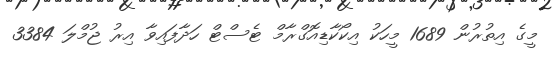
މީގެ އިތުރުން 1689 މީހަކު އިކޯކާޑިއޮގްރާމް ޓެސްޓް ހަދާފައިވާ އިރު ޖުމްލަ 3384